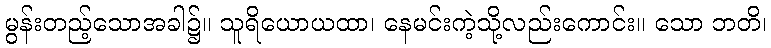
မွန်းတည့်သောအခါ၌။ သူရိယောယထာ၊ နေမင်းကဲ့သို့လည်းကောင်း။ သော ဘတိ၊